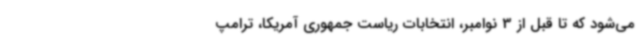
می‌شود که تا قبل از 3 نوامبر، انتخابات ریاست جمهوری آمریکا، ترامپ